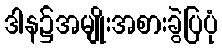
ဒါန၌အမျိုးအစားခွဲပြပုံ